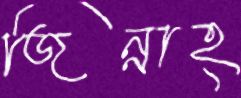
জিন্নাহ্